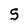
Character: S